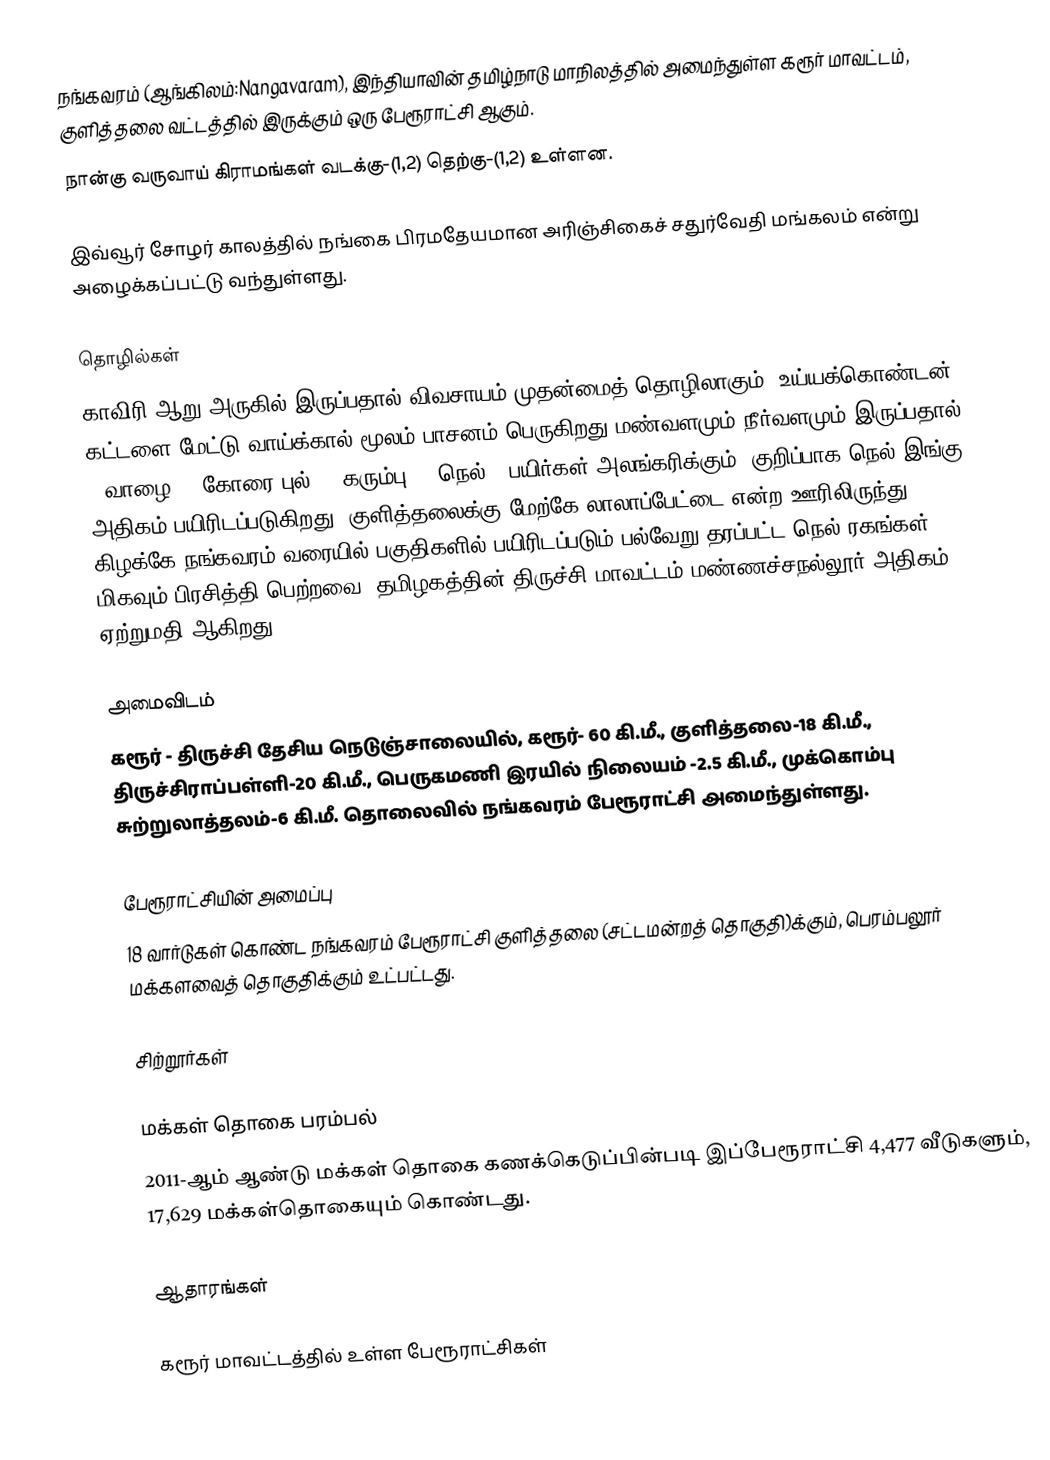
நங்கவரம் (ஆங்கிலம்:Nangavaram), இந்தியாவின் தமிழ்நாடு மாநிலத்தில் அமைந்துள்ள கரூர் மாவட்டம், குளித்தலை வட்டத்தில் இருக்கும் ஒரு  பேரூராட்சி ஆகும்.
நான்கு  வருவாய் கிராமங்கள் வடக்கு-(1,2) தெற்கு-(1,2) உள்ளன.

இவ்வூர் சோழர் காலத்தில் நங்கை பிரமதேயமான அரிஞ்சிகைச் சதுர்வேதி மங்கலம் என்று அழைக்கப்பட்டு வந்துள்ளது.

தொழில்கள்
காவிரி ஆறு அருகில் இருப்பதால் விவசாயம் முதன்மைத் தொழிலாகும். உய்யக்கொண்டன், கட்டளை மேட்டு வாய்க்கால் மூலம் பாசனம் பெருகிறது.மண்வளமும் நீர்வளமும் இருப்பதால் [[வாழை], [கோரை புல்],[ கரும்பு], [நெல் ]]பயிர்கள் அலங்கரிக்கும். குறிப்பாக நெல் இங்கு அதிகம் பயிரிடப்படுகிறது. குளித்தலைக்கு மேற்கே லாலாப்பேட்டை என்ற ஊரிலிருந்து கிழக்கே நங்கவரம் வரையில் பகுதிகளில் பயிரிடப்படும் பல்வேறு தரப்பட்ட நெல் ரகங்கள் மிகவும் பிரசித்தி பெற்றவை. தமிழகத்தின் திருச்சி மாவட்டம் மண்ணச்சநல்லூர் அதிகம் ஏற்றுமதி ஆகிறது.

அமைவிடம்
கரூர் - திருச்சி தேசிய நெடுஞ்சாலையில், கரூர்- 60 கி.மீ., குளித்தலை-18 கி.மீ.,  திருச்சிராப்பள்ளி-20 கி.மீ., பெருகமணி இரயில் நிலையம் -2.5 கி.மீ., முக்கொம்பு சுற்றுலாத்தலம்-6 கி.மீ. தொலைவில் நங்கவரம் பேரூராட்சி அமைந்துள்ளது.

பேரூராட்சியின் அமைப்பு
18  வார்டுகள்  கொண்ட நங்கவரம் பேரூராட்சி  குளித்தலை (சட்டமன்றத் தொகுதி)க்கும், பெரம்பலூர் மக்களவைத் தொகுதிக்கும் உட்பட்டது.

சிற்றூர்கள்

மக்கள் தொகை பரம்பல்
2011-ஆம் ஆண்டு மக்கள் தொகை கணக்கெடுப்பின்படி  இப்பேரூராட்சி  4,477   வீடுகளும், 17,629 மக்கள்தொகையும் கொண்டது.

ஆதாரங்கள்

கரூர் மாவட்டத்தில் உள்ள பேரூராட்சிகள்